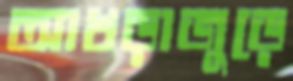
আখড়াজুড়ে